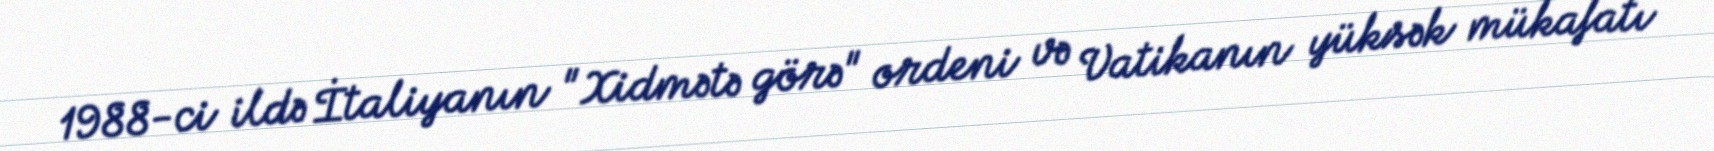
1988-ci ildə İtaliyanın "Xidmətə görə" ordeni və Vatikanın yüksək mükafatı